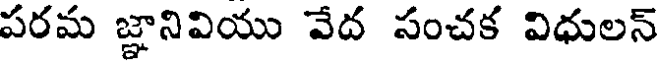
పరమ జ్ఞానివియు వేద సంచక విధులన్